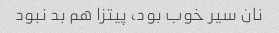
نان سیر خوب بود، پیتزا هم بد نبود